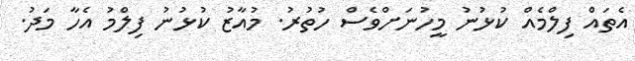
އެތައް ފިލްމެއް ކުޅުނު މީހުނަށްވެސް ހުތުރު. މުއާޒު ކުޅުނު ފިލްމު އެހާ މަދު.